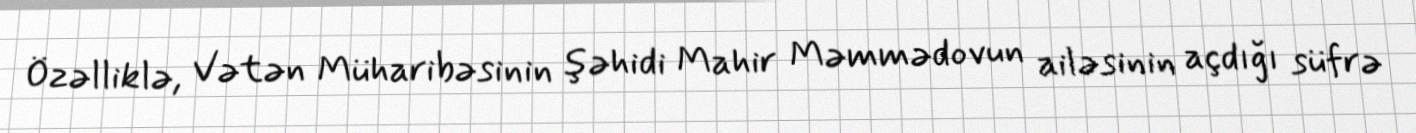
Özəlliklə, Vətən Müharibəsinin şəhidi Mahir Məmmədovun ailəsinin açdığı süfrə